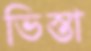
ভিস্তা